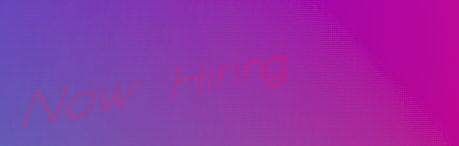
Now Hiring